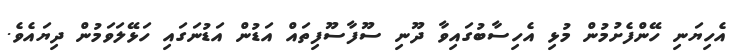
އެހިޔަނި ހޭންފެށުމުން މުޅި އެހިސާބުގައިވާ ދޫނި ސޫފާސޫފިތައް އަޑުން އަޑުނަގައި ހަޅޭލަވަމުން ދިޔައެވެ.